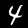
Label: 4